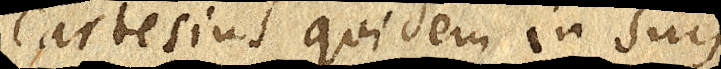
Cartesius quidem in suis